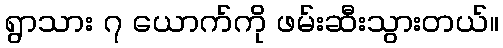
ရွာသား ၇ ယောက်ကို ဖမ်းဆီးသွားတယ်။